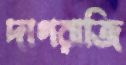
দাগরাজি